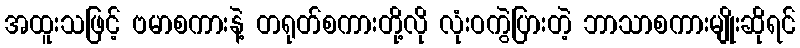
အထူးသဖြင့် ဗမာစကားနဲ့ တရုတ်စကားတို့လို လုံးဝကွဲပြားတဲ့ ဘာသာစကားမျိုးဆိုရင်